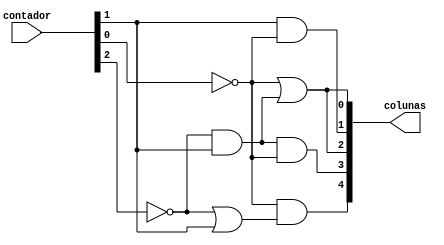
module quadro_3(contador, colunas);
	input [2:0] contador;
	output [4:0] colunas;
	
	wire not_a, not_b, not_c;
	wire and0;
	wire or0;
	
	// A = contador[2]
	// B = contador[1]
	// C = contador[0]
	
	// Inverte os bits do contador para obter as variveis A, B e C
	not(not_a, contador[2]);
	not(not_b, contador[1]);
	not(not_c, contador[0]);
	
	//Calcula a funo lgica para as cinco colunas

	// C0 = C+AB
	and(and0, not_a, contador[1]);
	or(colunas[0], not_c, and0);
	
	// C1 = BC
	and(colunas[1], contador[1], not_c);
	
	// C2 = C+AB
	or(colunas[2], not_c, and0);
	
	// C3 = A'.B.C'
	and(colunas[3], not_a, contador[1], not_c);
	
	// C4 = C(A+B)
	or(or0, not_a, contador[1]);
	and(colunas[4], not_c, or0);
	
endmodule